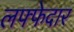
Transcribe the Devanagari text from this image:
लफ्फेदार